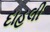
દાહલી